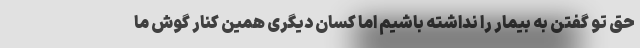
حق تو گفتن به بیمار را نداشته باشیم اما کسان دیگری همین کنار گوش ما